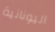
اليونانية